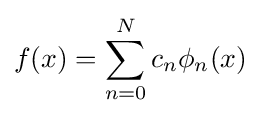
f(x)=\sum _{n=0}^{N}c_{n}\phi _{n}(x)